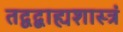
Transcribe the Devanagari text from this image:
तद्वद्बाह्यशास्त्रं